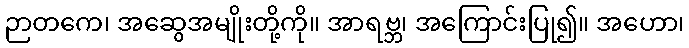
ဉာတကေ၊ အဆွေအမျိုးတို့ကို။ အာရဗ္ဘ၊ အကြောင်းပြု၍။ အဟော၊